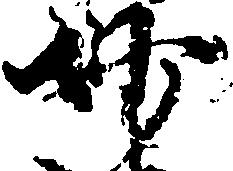
妙